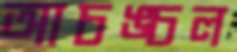
আচঙ্চল